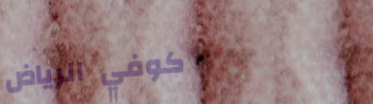
كوفي الرياض